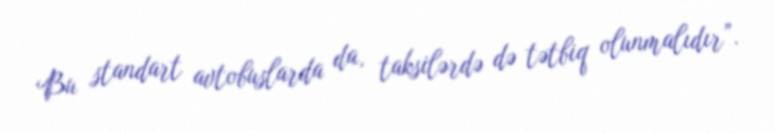
Bu standart avtobuslarda da, taksilərdə də tətbiq olunmalıdır”.